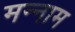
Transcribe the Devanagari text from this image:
मन्नाम